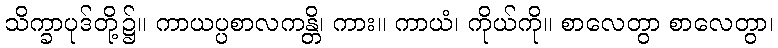
သိက္ခာပုဒ်တို့၌။ ကာယပ္ပစာလကန္တိ၊ ကား။ ကာယံ၊ ကိုယ်ကို။ စာလေတွာ စာလေတွာ၊